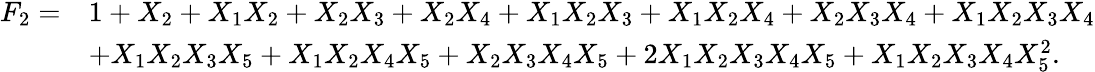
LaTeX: \begin{array}{rl}{F_{2}=}&{1+X_{2}+X_{1}X_{2}+X_{2}X_{3}+X_{2}X_{4}+X_{1}X_{2}X_{3}+X_{1}X_{2}X_{4}+X_{2}X_{3}X_{4}+X_{1}X_{2}X_{3}X_{4}}\\ &{+X_{1}X_{2}X_{3}X_{5}+X_{1}X_{2}X_{4}X_{5}+X_{2}X_{3}X_{4}X_{5}+2X_{1}X_{2}X_{3}X_{4}X_{5}+X_{1}X_{2}X_{3}X_{4}X_{5}^{2}.}\end{array}